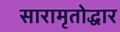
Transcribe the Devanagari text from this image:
सारामृतोद्धार